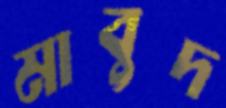
মাবুদ